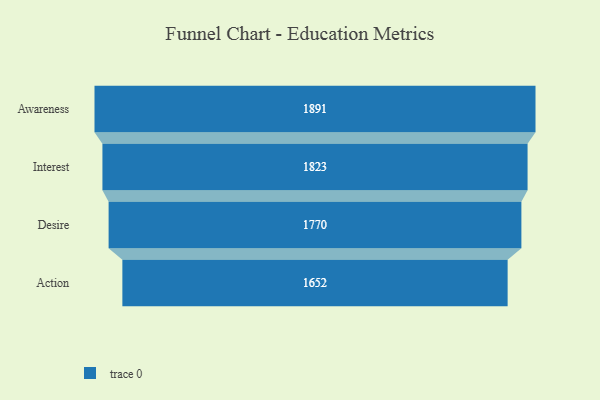
{"axis": {"x": "Stage", "y": "Value"}, "legend": [""], "data": [{"x": "Awareness", "y": 1891.0, "type": ""}, {"x": "Interest", "y": 1823.0, "type": ""}, {"x": "Desire", "y": 1770.0, "type": ""}, {"x": "Action", "y": 1652.0, "type": ""}]}